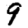
Digit: 9